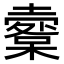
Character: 𡒩